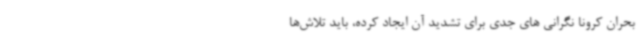
بحران کرونا نگرانی های جدی برای تشدید آن ایجاد کرده، باید تلاش‌ها